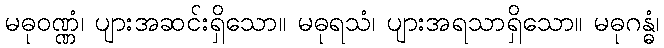
မဓုဝဏ္ဏံ၊ ပျားအဆင်းရှိသော။ မဓုရသံ၊ ပျားအရသာရှိသော။ မဓုဂန္ဓံ၊